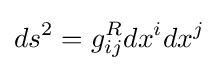
ds^{2}=g_{ij}^{R}dx^{i}dx^{j}